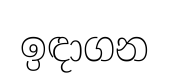
ඉඳාගන